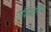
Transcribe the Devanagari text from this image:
एफिजेनिया